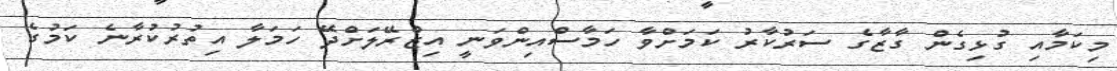
މިކަމާއި ގުޅިގެން ގާޒާގެ ސަރުކާރު ކަމަށްވާ ހަމާސްއިންވަނީ އިޒްރޭލަށްދޭ ހަމަލާ އިތުރުކުރާނެ ކަމުގެ